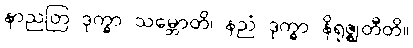
နာညတြ ဒုက္ခာ သမ္ဘောတိ၊ နညံ ဒုက္ခာ နိရုဇ္ဈတီတိ။